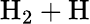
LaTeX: \mathrm{H}_{2}+\mathrm{H}